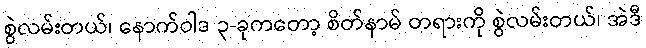
စွဲလမ်းတယ်၊ နောက်ဝါဒ ၃-ခုကတော့ စိတ်နာမ် တရားကို စွဲလမ်းတယ်၊ အဲဒီ